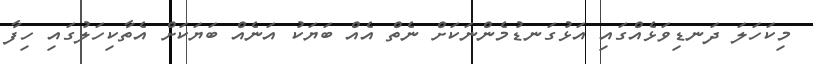
މިކަހަލަ ދަނޑިވަޅެއްގައި އަޅުގަނޑުމެންނަކަށް ނެތް އެއް ބަޔަކު އަނެއް ބަޔަކަށް އެތާކިހަލުގައި ހިފާ